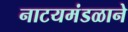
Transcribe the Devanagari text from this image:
नाटयमंडळाने